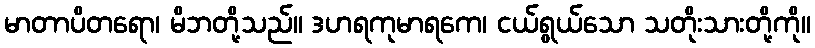
မာတာပိတရော၊ မိဘတို့သည်။ ဒဟရကုမာရကေ၊ ငယ်ရွယ်သော သတိုးသားတို့ကို။